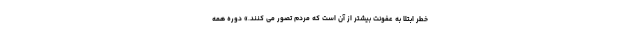
خطر ابتلا به عفونت بیشتر از آن است که مردم تصور می کنند.» دوره همه